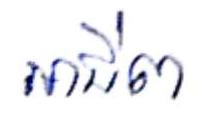
អាជីព